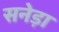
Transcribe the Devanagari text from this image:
सनेड़ा